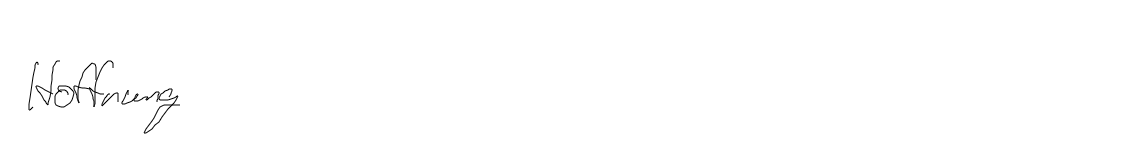
Hoffnung